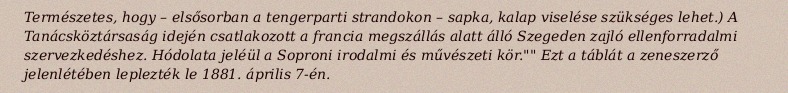
Természetes, hogy – elsősorban a tengerparti strandokon – sapka, kalap viselése szükséges lehet.) A Tanácsköztársaság idején csatlakozott a francia megszállás alatt álló Szegeden zajló ellenforradalmi szervezkedéshez. Hódolata jeléül a Soproni irodalmi és művészeti kör."" Ezt a táblát a zeneszerző jelenlétében leplezték le 1881. április 7-én.